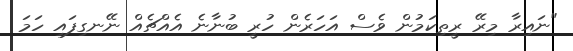
"ނައިރާ މިރޭ ރީތިކަމުން ވެސް އަހަރެން ހުރީ ބުނާނެ އެއްޗެއް ނޭނގިފައި ހަމަ